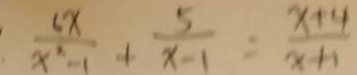
\frac { 6 x } { x ^ { 2 } - 1 } + \frac { 5 } { x - 1 } = \frac { x + 4 } { x + 1 }